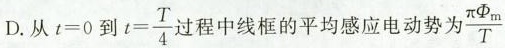
D.从$$t = 0$$到$$t = \frac{ T }{ 4 }$$过程中线框的平均感应电动势为 \frac{ \pi \Phi _{ m }}{ T }